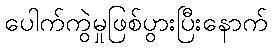
ပေါက်ကွဲမှုဖြစ်ပွားပြီးနောက်